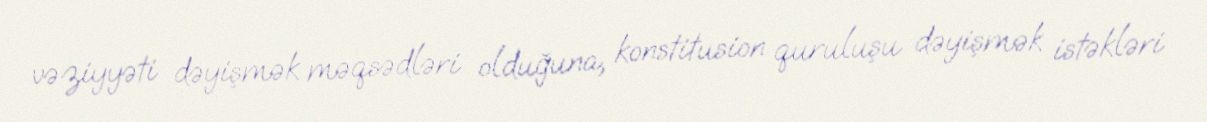
vəziyyəti dəyişmək məqsədləri olduğuna, konstitusion quruluşu dəyişmək istəkləri